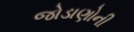
જોડાણોની